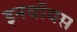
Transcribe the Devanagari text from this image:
इनवॉयस